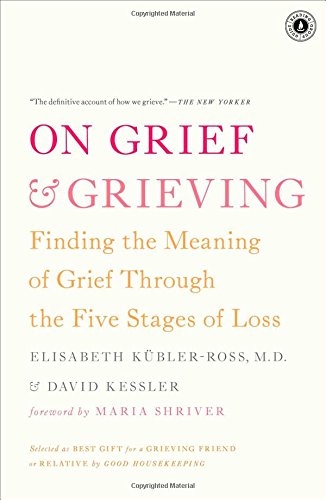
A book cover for On Grief and Grieving: Finding the Meaning of Grief Through the Five Stages of Loss; Elisabeth KÃ¼bler-Ross; Self-Help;